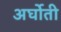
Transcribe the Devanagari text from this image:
अर्घोती